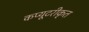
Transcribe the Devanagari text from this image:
कप्यूटरीकृत